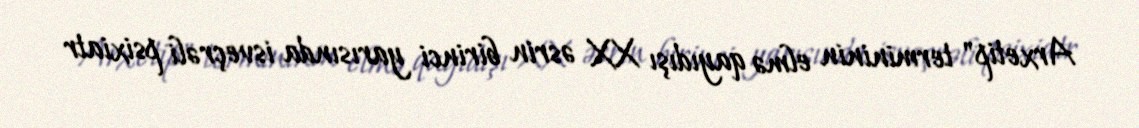
Arxetip" termininin elmə qayıdışı XX əsrin birinci yarısında isveçrəli psixiatr